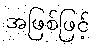
အဖြစ်ဖြင့်